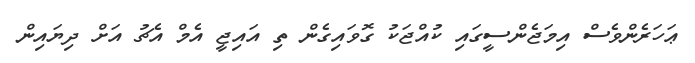
ޢަހަރެންވެސް އިމަޖެންސީގައި ކުއްޖަކު ގޮވައިގެން ތި އައިޖީ އެމް އެޗު އަށް ދިޔައިން